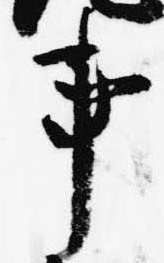
事